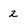
Character: 2